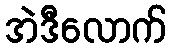
အဲဒီလောက်